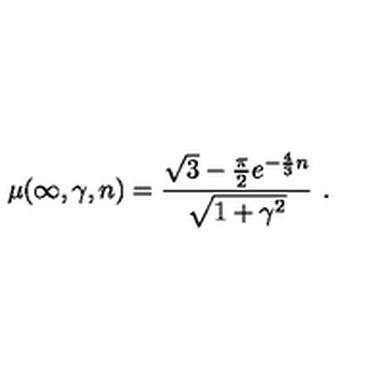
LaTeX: \mu ( \infty , \gamma , n ) = \frac { \sqrt { 3 } - \frac { \pi } { 2 } e ^ { - \frac { 4 } { 3 } n } } { \sqrt { 1 + \gamma ^ { 2 } } } \ .